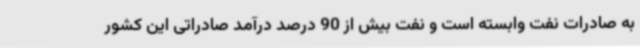
به صادرات نفت وابسته است و نفت بیش از 90 درصد درآمد صادراتی این کشور